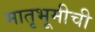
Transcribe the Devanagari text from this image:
मातृभूमीची